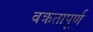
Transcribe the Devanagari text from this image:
वक्रतापूर्ण